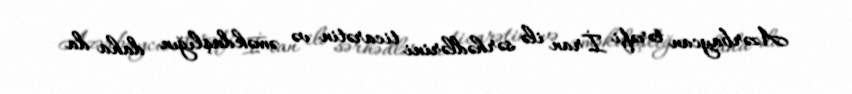
Azərbaycan tərəfi İran ilə sərhədlərini ticarətin və əməkdaşlığın daha da